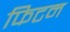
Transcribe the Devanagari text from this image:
फिटन